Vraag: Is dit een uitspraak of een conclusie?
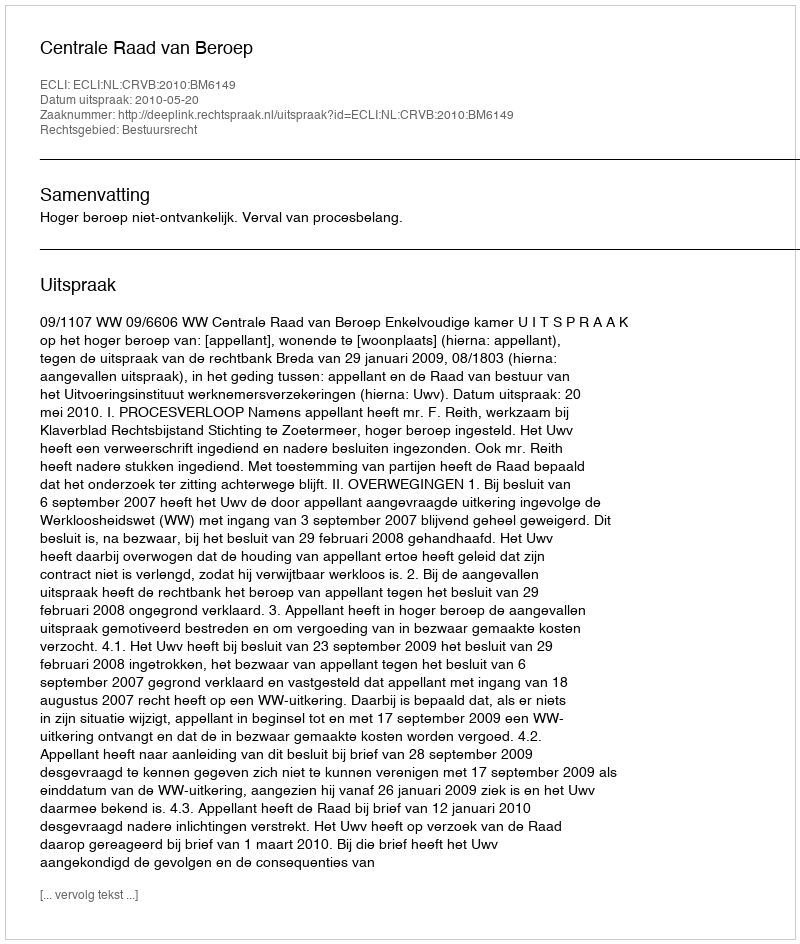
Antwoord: Uitspraak